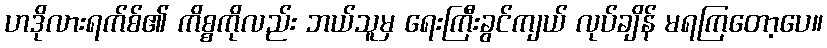
ဟဒိုလားရက်စ်၏ ကိစ္စကိုလည်း ဘယ်သူမှ ရေးကြီးခွင်ကျယ် လုပ်ချိန် မရကြတော့ပေ။